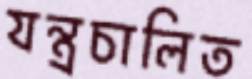
যন্ত্রচালিত